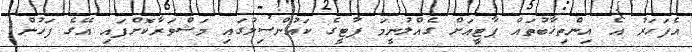
އެފަހަރު އެ އިންތިޚާބުތައް ޕާޓީއަށް ގެއްލުނީމަ ޕާޓީގެ ކައުންސިލުގައި މަޝްވަރާކޮށްފައި އޭގެ ފަހުން